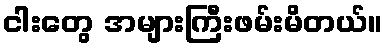
ငါးတွေ အများကြီးဖမ်းမိတယ်။